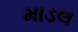
માડલ